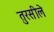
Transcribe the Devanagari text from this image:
तुरसीले